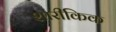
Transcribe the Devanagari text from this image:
शारीकिक